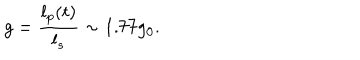
LaTeX: g = \frac { l _ { p } ( t ) } { l _ { s } } \sim 1 . 7 7 g _ { 0 } .